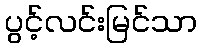
ပွင့်လင်းမြင်သာ